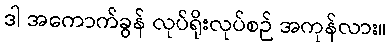
ဒါ အကောက်ခွန် လုပ်ရိုးလုပ်စဉ် အကုန်လား။